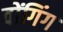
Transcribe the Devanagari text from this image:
वोंगिंग